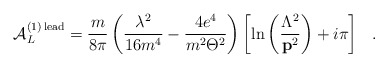
\begin{align*}{\cal A}_L^{(1)\,{\rm lead}}=\frac m{8\pi }\left( \frac{\lambda ^2}{16m^4}- \frac{4e^4}{m^2\Theta ^2}\right) \left[ \ln \left( \frac{\Lambda ^2}{{\bf p}^2}\right) +i\pi \right] \hspace{0.3cm}. \end{align*}